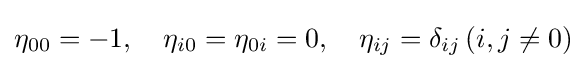
\eta _{00}=-1,\quad \eta _{i0}=\eta _{0i}=0,\quad \eta _{ij}=\delta _{ij}\,(i,j\neq 0)